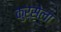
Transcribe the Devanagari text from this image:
कुर्सेला